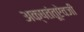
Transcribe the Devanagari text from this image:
अक्षतंतूऐवजी